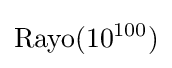
{\mbox{Rayo}}(10^{100})